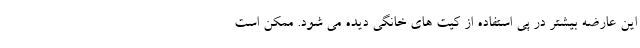
این عارضه بیشتر در پی استفاده از کیت های خانگی دیده می شود. ممکن است